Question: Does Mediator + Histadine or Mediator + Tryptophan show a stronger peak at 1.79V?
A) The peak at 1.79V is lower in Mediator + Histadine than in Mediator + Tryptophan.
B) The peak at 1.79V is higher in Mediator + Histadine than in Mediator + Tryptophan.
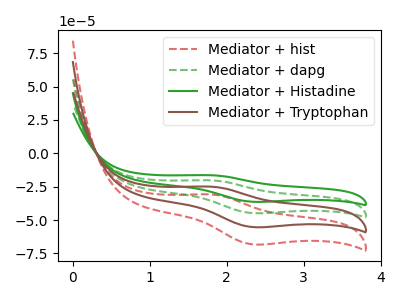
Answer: <think>The red dashed curve "Mediator + hist" has an anodic peak at (1.80V, -60.65uA) and a cathodic peak at (2.35V, -134.40uA). The green dashed curve "Mediator + dapg" has an anodic peak at (1.80V, -20.20uA) and a cathodic peak at (2.35V, -44.80uA). The green curve "Mediator + Histadine" has an anodic peak at (1.80V, -16.40uA) and a cathodic peak at (2.35V, -36.30uA). The brown curve "Mediator + Tryptophan" has an anodic peak at (1.80V, -40.45uA) and a cathodic peak at (2.35V, -89.60uA).</think>
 <answer>B) The peak at 1.79V is higher in "Mediator + Histadine" than in "Mediator + Tryptophan".</answer>
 <eval>B</eval>